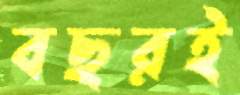
বছরই